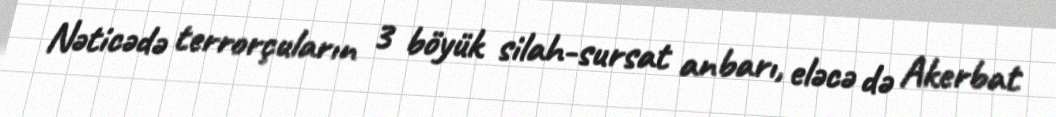
Nəticədə terrorçuların 3 böyük silah-sursat anbarı, eləcə də Akerbat